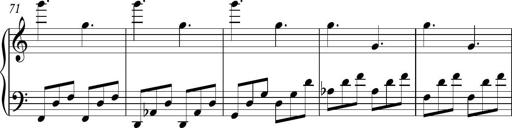
Title: Piano Sonatina in C
Composer: Daniel LÃ©o Simpson
Key: C major